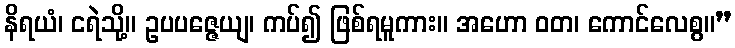
နိရယံ၊ ငရဲသို့။ ဥပပဇ္ဇေယျ၊ ကပ်၍ ဖြစ်ရမူကား။ အဟော ဝတ၊ ကောင်လေစွ။”